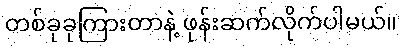
တစ်ခုခုကြားတာနဲ့ ဖုန်းဆက်လိုက်ပါမယ်။